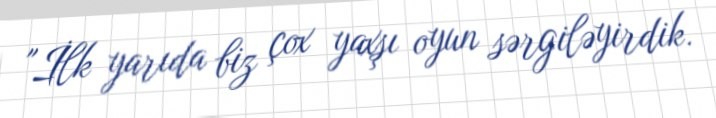
"İlk yarıda biz çox yaxşı oyun sərgiləyirdik.